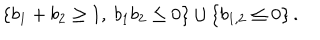
LaTeX: \left\{ b _ { 1 } + b _ { 2 } \geq 1 , \ b _ { 1 } b _ { 2 } \leq 0 \right\} \cup \left\{ b _ { 1 , 2 } \leq 0 \right\} .